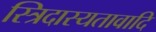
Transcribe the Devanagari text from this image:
स्त्रिदास्यतावादि